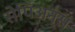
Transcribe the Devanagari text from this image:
सेपिअन्स